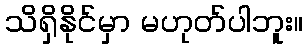
သိရှိနိုင်မှာ မဟုတ်ပါဘူး။